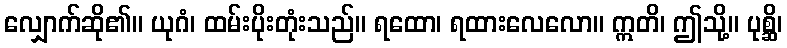
လျှောက်ဆို၏။ ယုဂံ၊ ထမ်းပိုးတုံးသည်။ ရထော၊ ရထားလေလော။ ဣတိ၊ ဤသို့။ ပုစ္ဆိ၊